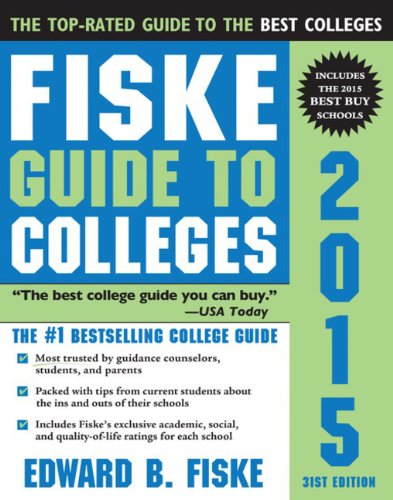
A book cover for Fiske Guide to Colleges 2015; Edward Fiske; Test Preparation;